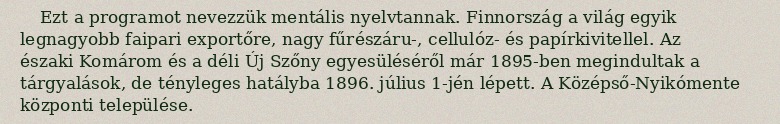
Ezt a programot nevezzük mentális nyelvtannak. Finnország a világ egyik legnagyobb faipari exportőre, nagy fűrészáru-, cellulóz- és papírkivitellel. Az északi Komárom és a déli Új Szőny egyesüléséről már 1895-ben megindultak a tárgyalások, de tényleges hatályba 1896. július 1-jén lépett. A Középső-Nyikómente központi települése.